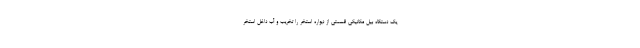
یک دستگاه بیل مکانیکی قسمتی از دیواره استخر را تخریب و آب داخل استخر